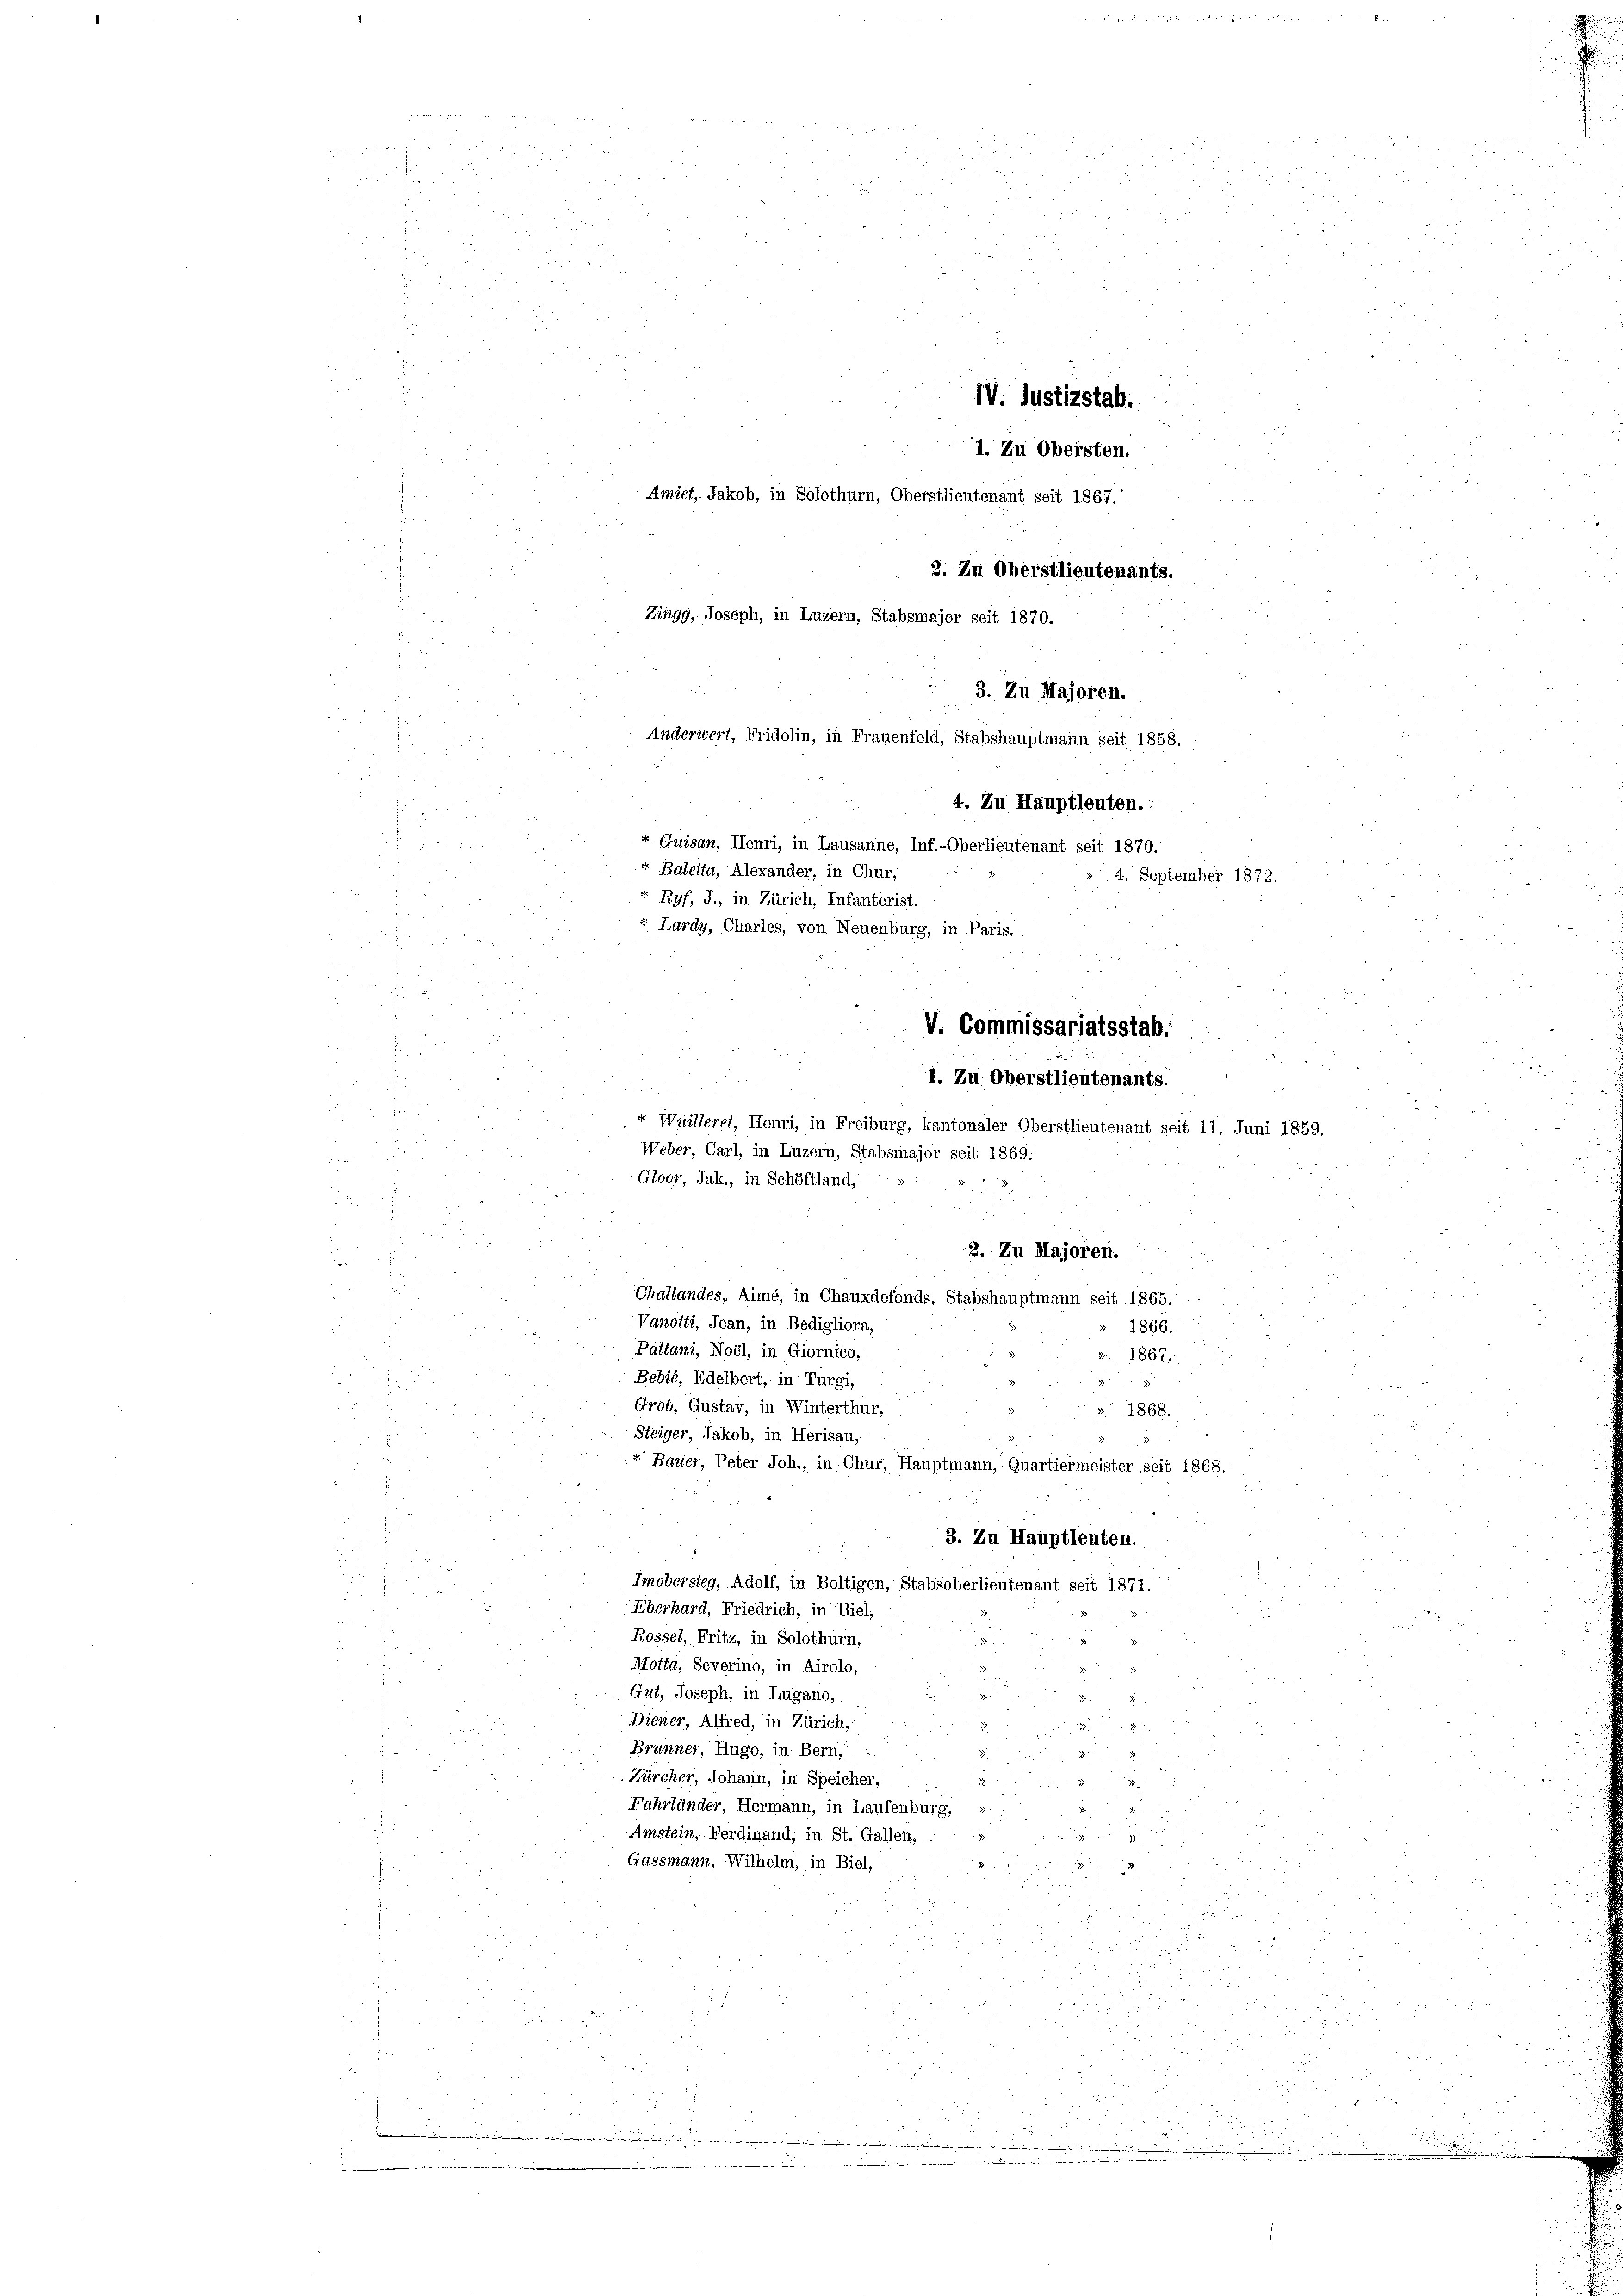
d
.
.
x

 § 8
IV. Justizstab.
2
1. Zu Obersten.
e
Amiet, Jakob, in Solothurn, Oberstlieutenant seit 1867.
2. Zu Oberstlieutenants.
Zingg, Joseph, in Luzern, Stabsmajor seit 1870.
i
3. Zu Majoren.
4. Zu Hauptleuten.
 Quisan, Henri, in Lausanne, Inf.-Oberlieutenant seit 1870.
Baletta, Alexander, in Chur,
4. September 1872.
Ryf, J., in Zürich, Infanterist.
 Lardy, Charles, von Neuenburg, in Paris.
i
5
n
V. Commissariatsstab.
1. Zu Oberstlieutenants
.
« Wuilleret, Henri, in Freiburg, kantonaler Oberstlieutenant seit 11. Juni 1859.

Anderwert, Fridolin, in Frauenfeld, Stabshauptmann seit 1858.

r

2. Zu Majoren.
Challandes, Aimé, in Chauxdefonds, Stabshauptmann seit 1865.
Vanotti, Jean, in Bedigliora,
1866.
Pattani, Noèl, in Giornico,
1867.
Bebié, Edelbert; in Turgi,
Ergb, Gustav, in Winterthur,
 1868.
Steiger, Jakob, in Herisau,
Bauer, Peter Joh., in Chur, Hauptmann, Quartiermeister Seit. 1868.
.
3. Zu Hauptleuten.
Imobersteg, Adolf, in Boltigen, Stabsoberlieutenant seit 1871.
Eberhard, Friedrich, in Biel,
Rossel, Fritz, in Solothurn,
Motta, Severino, in Airolo,
Gut, Joseph, in Lugano,
Diener, Alfred, in Zürich,
Brünner, Hugo, in Bern,
Zürcher, Johann, in Speicher,
a
Fahrlünder, Hermann, in Laufenburg,
5
Amstein, Ferdinand; in St. Gallen,

Gassmann, Wilhelm, in Biel,
x

Weber, Carl, in Luzern, Stabsmajor seit 1869:
Gloor, Jak., in Schöftland,